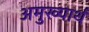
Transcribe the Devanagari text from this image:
अमुख्यार्थ